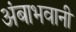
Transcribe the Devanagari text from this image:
अंबाभवानी